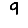
Digit: 9